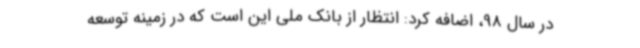
در سال 98، اضافه کرد: انتظار از بانک ملی این است که در زمینه توسعه